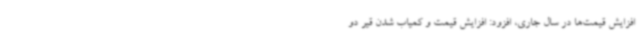
افزایش قیمت‌ها در سال جاری، افزود: افزایش قیمت و کمیاب شدن قیر دو